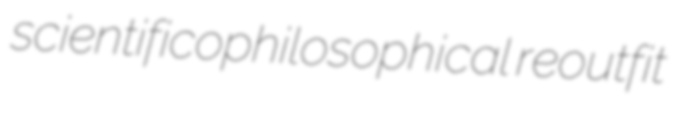
scientificophilosophical reoutfit